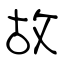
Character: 故